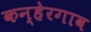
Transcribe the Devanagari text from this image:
कन्हेरगाव